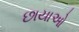
છાયાઓ